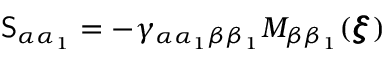
\mathsf { S } _ { \alpha \alpha _ { 1 } } = - \gamma _ { \alpha \alpha _ { 1 } \beta \beta _ { 1 } } M _ { \beta \beta _ { 1 } } ( { \pmb \xi } )